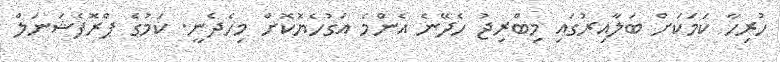
ހުރިހާ ކަމަކަށް ބަލާއިރުގައި މިބްރިޖު ހެދޭނެ އެންމެ އަގުހެޔޮކޮށް މިހެދެނީ. ކަމުގެ ޕްރޮފެޝަނަލް